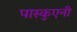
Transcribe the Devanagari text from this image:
पास्कुएनी